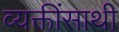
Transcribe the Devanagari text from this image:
व्यक्तींसाथी